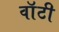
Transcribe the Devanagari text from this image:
वाॅटी